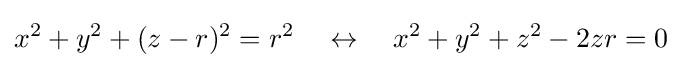
x^{2}+y^{2}+(z-r)^{2}=r^{2}\quad \leftrightarrow \quad x^{2}+y^{2}+z^{2}-2zr=0\